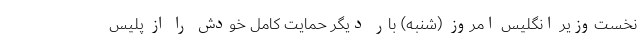
نخست‌وزیر انگلیس امروز (شنبه) بار دیگر حمایت کامل خودش را از پلیس